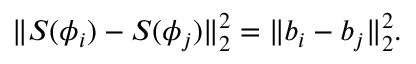
\lVert S ( \phi _ { i } ) - S ( \phi _ { j } ) \rVert _ { 2 } ^ { 2 } = \lVert b _ { i } - b _ { j } \rVert _ { 2 } ^ { 2 } .